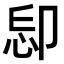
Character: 𠨝